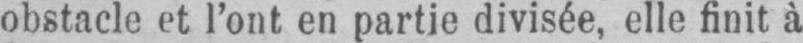
obstacle et l’ont en partie divisée, elle finit à